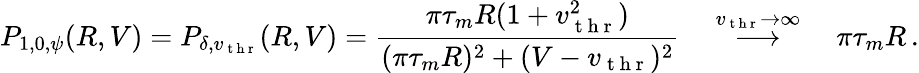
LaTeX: P_{1,0,\psi}(R,V)=P_{\delta,v_{\mathrm{~t~h~r~}}}(R,V)=\frac{\pi\tau_{m}R(1+v_{\mathrm{~t~h~r~}}^{2})}{(\pi\tau_{m}R)^{2}+(V-v_{\mathrm{~t~h~r~}})^{2}}\quad\stackrel{v_{\mathrm{~t~h~r~}}\to\infty}{\longrightarrow}\quad\pi\tau_{m}R\, .